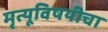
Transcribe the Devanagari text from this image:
मृत्यूविषयीचा